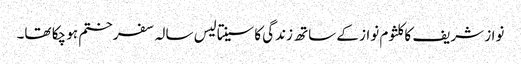
نواز شریف کا کلثوم نواز کے ساتھ زندگی کا سینتالیس سالہ سفر ختم ہو چکا تھا۔